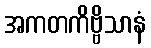
အကတကိဗ္ဗိသာနံ